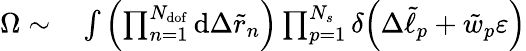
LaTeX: \begin{array}{rl}{\Omega\sim}&{{}\int{\left(\prod_{n=1}^{N_{\mathrm{dof}}}{\mathrm{d}\Delta\tilde{r}_{n}}\right)\prod_{p=1}^{N_{s}}{\delta\Big(\Delta\tilde{\ell}_{p}+\tilde{w}_{p}\varepsilon\Big)}}}\end{array}